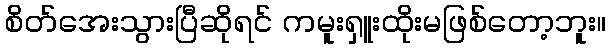
စိတ်အေးသွားပြီဆိုရင် ကမူးရှူးထိုးမဖြစ်တော့ဘူး။